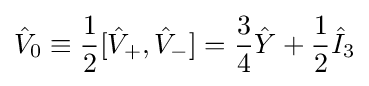
{\hat {V}}_{0}\equiv {\frac {1}{2}}[{\hat {V}}_{+},{\hat {V}}_{-}]={\frac {3}{4}}{\hat {Y}}+{\frac {1}{2}}{\hat {I}}_{3}